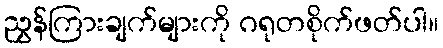
ညွှန်ကြားချက်များကို ဂရုတစိုက်ဖတ်ပါ။